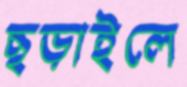
ছড়াইলে